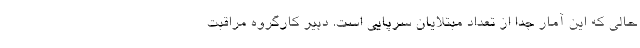
حالی که این آمار جدا از تعداد مبتلایان سرپایی است. دبیر کارگروه مراقبت